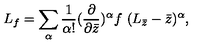
L _ { f } = \sum _ { \alpha } \frac { 1 } { \alpha ! } ( \frac { \partial } { \partial \bar { z } } ) ^ { \alpha } f \ ( L _ { \bar { z } } - \bar { z } ) ^ { \alpha } ,